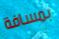
بمسافة